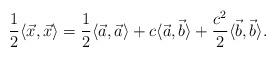
LaTeX: \begin{align*} \frac{1}{2} \langle \vec{x}, \vec{x} \rangle &= \frac{1}{2} \langle \vec{a}, \vec{a} \rangle + c \langle \vec{a}, \vec{b} \rangle + \frac{c^{2}}{2} \langle \vec{b}, \vec{b} \rangle.\end{align*}